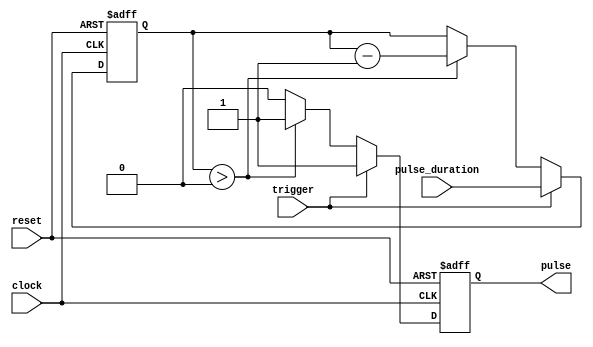
module one_shot_timer (
    input wire trigger,
    input wire [15:0] pulse_duration,
    input wire clock,
    input wire reset,
    output reg pulse
);

reg [15:0] countdown;

always @(posedge clock or posedge reset) begin
    if (reset) begin
        countdown <= 0;
        pulse <= 0;
    end else if (trigger) begin
        countdown <= pulse_duration;
        pulse <= 1;
    end else if (countdown > 0) begin
        countdown <= countdown - 1;
        pulse <= 1;
    end else begin
        pulse <= 0;
    end
end

endmodule